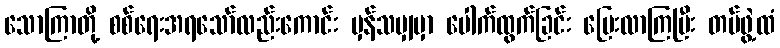
သောကြာတို့ စစ်ရေးအရသော်လည်းကောင်း မှန်သမျှမှာ ပေါက်ထွက်ခြင်း ပြေးလာကြပြီး တပ်ဖွဲ့ထံ